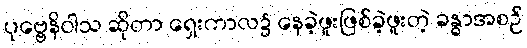
ပုဗ္ဗေနိဝါသ ဆိုတာ ရှေးကာလ၌ နေခဲ့ဖူးဖြစ်ခဲ့ဖူးတဲ့ ခန္ဓာအစဉ်